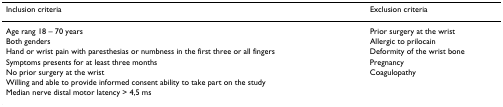
<table><thead><tr><td><b>Inclusion criteria</b></td><td><b>Exclusion criteria</b></td></tr></thead><tbody><tr><td>Age rang 18 – 70 years</td><td>Prior surgery at the wrist</td></tr><tr><td>Both genders</td><td>Allergic to prilocain</td></tr><tr><td>Hand or wrist pain with paresthesias or numbness in the first three or all fingers</td><td>Deformity of the wrist bone</td></tr><tr><td>Symptoms presents for at least three months</td><td>Pregnancy</td></tr><tr><td>No prior surgery at the wrist</td><td>Coagulopathy</td></tr><tr><td>Willing and able to provide informed consent ability to take part on the study</td><td></td></tr><tr><td>Median nerve distal motor latency &gt; 4,5 ms</td><td></td></tr></tbody></table>